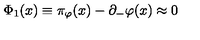
\Phi _ { 1 } ( x ) \equiv \pi _ { \varphi } ( x ) - \partial _ { - } \varphi ( x ) \approx 0 \quad